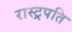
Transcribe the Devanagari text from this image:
रास्ट्रपति